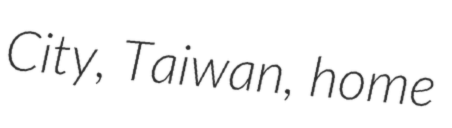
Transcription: City, Taiwan, home